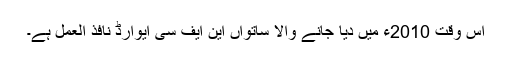
اس وقت 2010ء میں دیا جانے والا ساتواں این ایف سی ایوارڈ نافذ العمل ہے۔